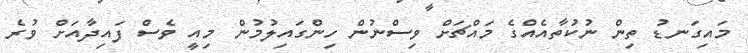
މައިގަނޑު ތިން ނުކުތާއެއްގެ މައްޗަށް ވިސްނުން ހިންގައިލުމުން މިއީ ވެސް ފައިދާއަށް ވުރެ